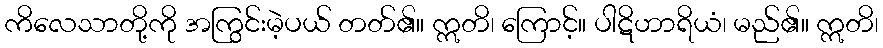
ကိလေသာတို့ကို အကြွင်းမဲ့ပယ် တတ်၏။ ဣတိ၊ ကြောင့်။ ပါဋိဟာရိယံ၊ မည်၏။ ဣတိ၊